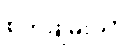
စိတ်ချမ်းသာ